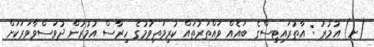
(ށ) އުމުރު : އާތުރައިޓިސްގެ ބައެއް ވައްތަރުތައް ކުރިމަތިވުމުގެ ހިރާސް އުމުރުން ދުވަސްވާވަރަކަށް